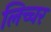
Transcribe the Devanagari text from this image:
लिच्चर